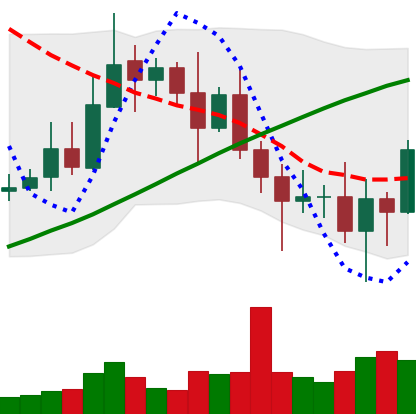
Ticker: XRP-USD
Chart end date: 2020-11-05
Forward return: 3.31%
Label: up_3_5